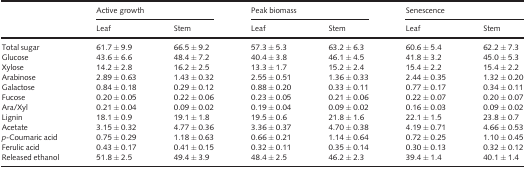
<table><thead><tr><td rowspan="2"></td><td colspan="2"><b>Active growth</b></td><td colspan="2"><b>Peak biomass</b></td><td colspan="2"><b>Senescence</b></td></tr><tr><td><b>Leaf</b></td><td><b>Stem</b></td><td><b>Leaf</b></td><td><b>Stem</b></td><td><b>Leaf</b></td><td><b>Stem</b></td></tr></thead><tbody><tr><td>Total sugar</td><td>61.7 ± 9.9</td><td>66.5 ± 9.2</td><td>57.3 ± 5.3</td><td>63.2 ± 6.3</td><td>60.6 ± 5.4</td><td>62.2 ± 7.3</td></tr><tr><td>Glucose</td><td>43.6 ± 6.6</td><td>48.4 ± 7.2</td><td>40.4 ± 3.8</td><td>46.1 ± 4.5</td><td>41.8 ± 3.2</td><td>45.0 ± 5.3</td></tr><tr><td>Xylose</td><td>14.2 ± 2.8</td><td>16.2 ± 2.5</td><td>13.3 ± 1.7</td><td>15.2 ± 2.4</td><td>15.4 ± 2.2</td><td>15.4 ± 2.2</td></tr><tr><td>Arabinose</td><td>2.89 ± 0.63</td><td>1.43 ± 0.32</td><td>2.55 ± 0.51</td><td>1.36 ± 0.33</td><td>2.44 ± 0.35</td><td>1.32 ± 0.20</td></tr><tr><td>Galactose</td><td>0.84 ± 0.18</td><td>0.29 ± 0.12</td><td>0.88 ± 0.20</td><td>0.33 ± 0.11</td><td>0.77 ± 0.17</td><td>0.34 ± 0.11</td></tr><tr><td>Fucose</td><td>0.20 ± 0.05</td><td>0.22 ± 0.06</td><td>0.23 ± 0.05</td><td>0.21 ± 0.06</td><td>0.22 ± 0.07</td><td>0.20 ± 0.07</td></tr><tr><td>Ara/Xyl</td><td>0.21 ± 0.04</td><td>0.09 ± 0.02</td><td>0.19 ± 0.04</td><td>0.09 ± 0.02</td><td>0.16 ± 0.03</td><td>0.09 ± 0.02</td></tr><tr><td>Lignin</td><td>18.1 ± 0.9</td><td>19.1 ± 1.8</td><td>19.5 ± 0.6</td><td>21.8 ± 1.6</td><td>22.1 ± 1.5</td><td>23.8 ± 0.7</td></tr><tr><td>Acetate</td><td>3.15 ± 0.32</td><td>4.77 ± 0.36</td><td>3.36 ± 0.37</td><td>4.70 ± 0.38</td><td>4.19 ± 0.71</td><td>4.66 ± 0.53</td></tr><tr><td><i>p</i>‐Coumaric acid</td><td>0.75 ± 0.29</td><td>1.18 ± 0.63</td><td>0.66 ± 0.21</td><td>1.14 ± 0.64</td><td>0.72 ± 0.25</td><td>1.10 ± 0.45</td></tr><tr><td>Ferulic acid </td><td>0.43 ± 0.17</td><td>0.41 ± 0.15</td><td>0.32 ± 0.11</td><td>0.35 ± 0.14</td><td>0.30 ± 0.13</td><td>0.32 ± 0.12</td></tr><tr><td>Released ethanol </td><td>51.8 ± 2.5</td><td>49.4 ± 3.9</td><td>48.4 ± 2.5</td><td>46.2 ± 2.3</td><td>39.4 ± 1.4</td><td>40.1 ± 1.4</td></tr></tbody></table>